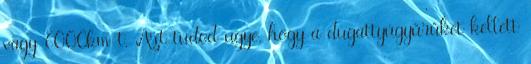
vagy 6000km-t. Azt tudod ugye, hogy a dugattyúgyűrűket kellett